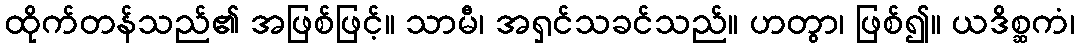
ထိုက်တန်သည်၏ အဖြစ်ဖြင့်။ သာမီ၊ အရှင်သခင်သည်။ ဟတွာ၊ ဖြစ်၍။ ယဒိစ္ဆကံ၊